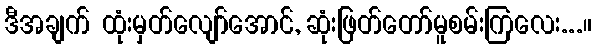
ဒီအချက် ထုံးမှတ်လျော်အောင်, ဆုံးဖြတ်တော်မူစမ်းကြလေး...။